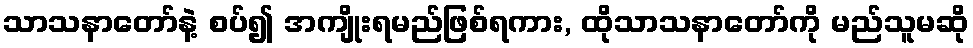
သာသနာတော်နဲ့ စပ်၍ အကျိုးရမည်ဖြစ်ရကား, ထိုသာသနာတော်ကို မည်သူမဆို